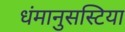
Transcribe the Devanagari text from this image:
धंमानुसस्टिया